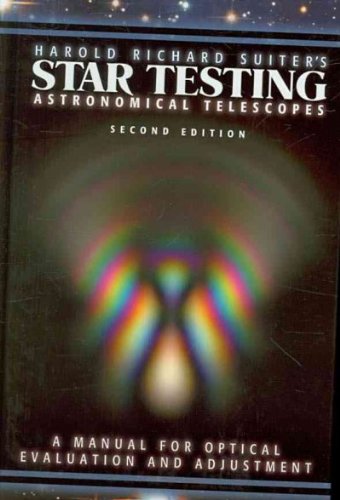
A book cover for Star Testing Astronomical Telescopes: A Manual for Optical Evaluation and Adjustment; Harold Richard Suiter; Science & Math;